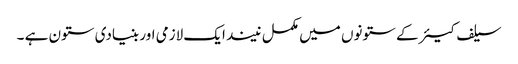
سیلف کیئر کے ستونوں میں مکمل نیند ایک لازمی اور بنیادی ستون ہے ۔